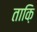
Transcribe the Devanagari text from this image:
ताक़ि